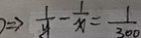
\Rightarrow \frac { 1 } { y } - \frac { 1 } { x } = \frac { 1 } { 3 0 0 }